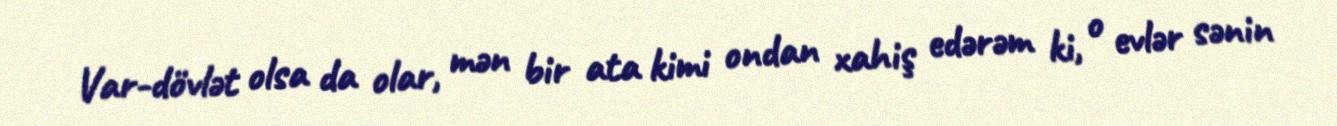
Var-dövlət olsa da olar, mən bir ata kimi ondan xahiş edərəm ki, o evlər sənin